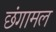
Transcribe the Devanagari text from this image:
छंगामल